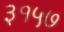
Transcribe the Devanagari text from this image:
३१५७